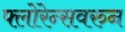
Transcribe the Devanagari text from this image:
फ्लोरेन्सवरुन